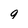
Character: q